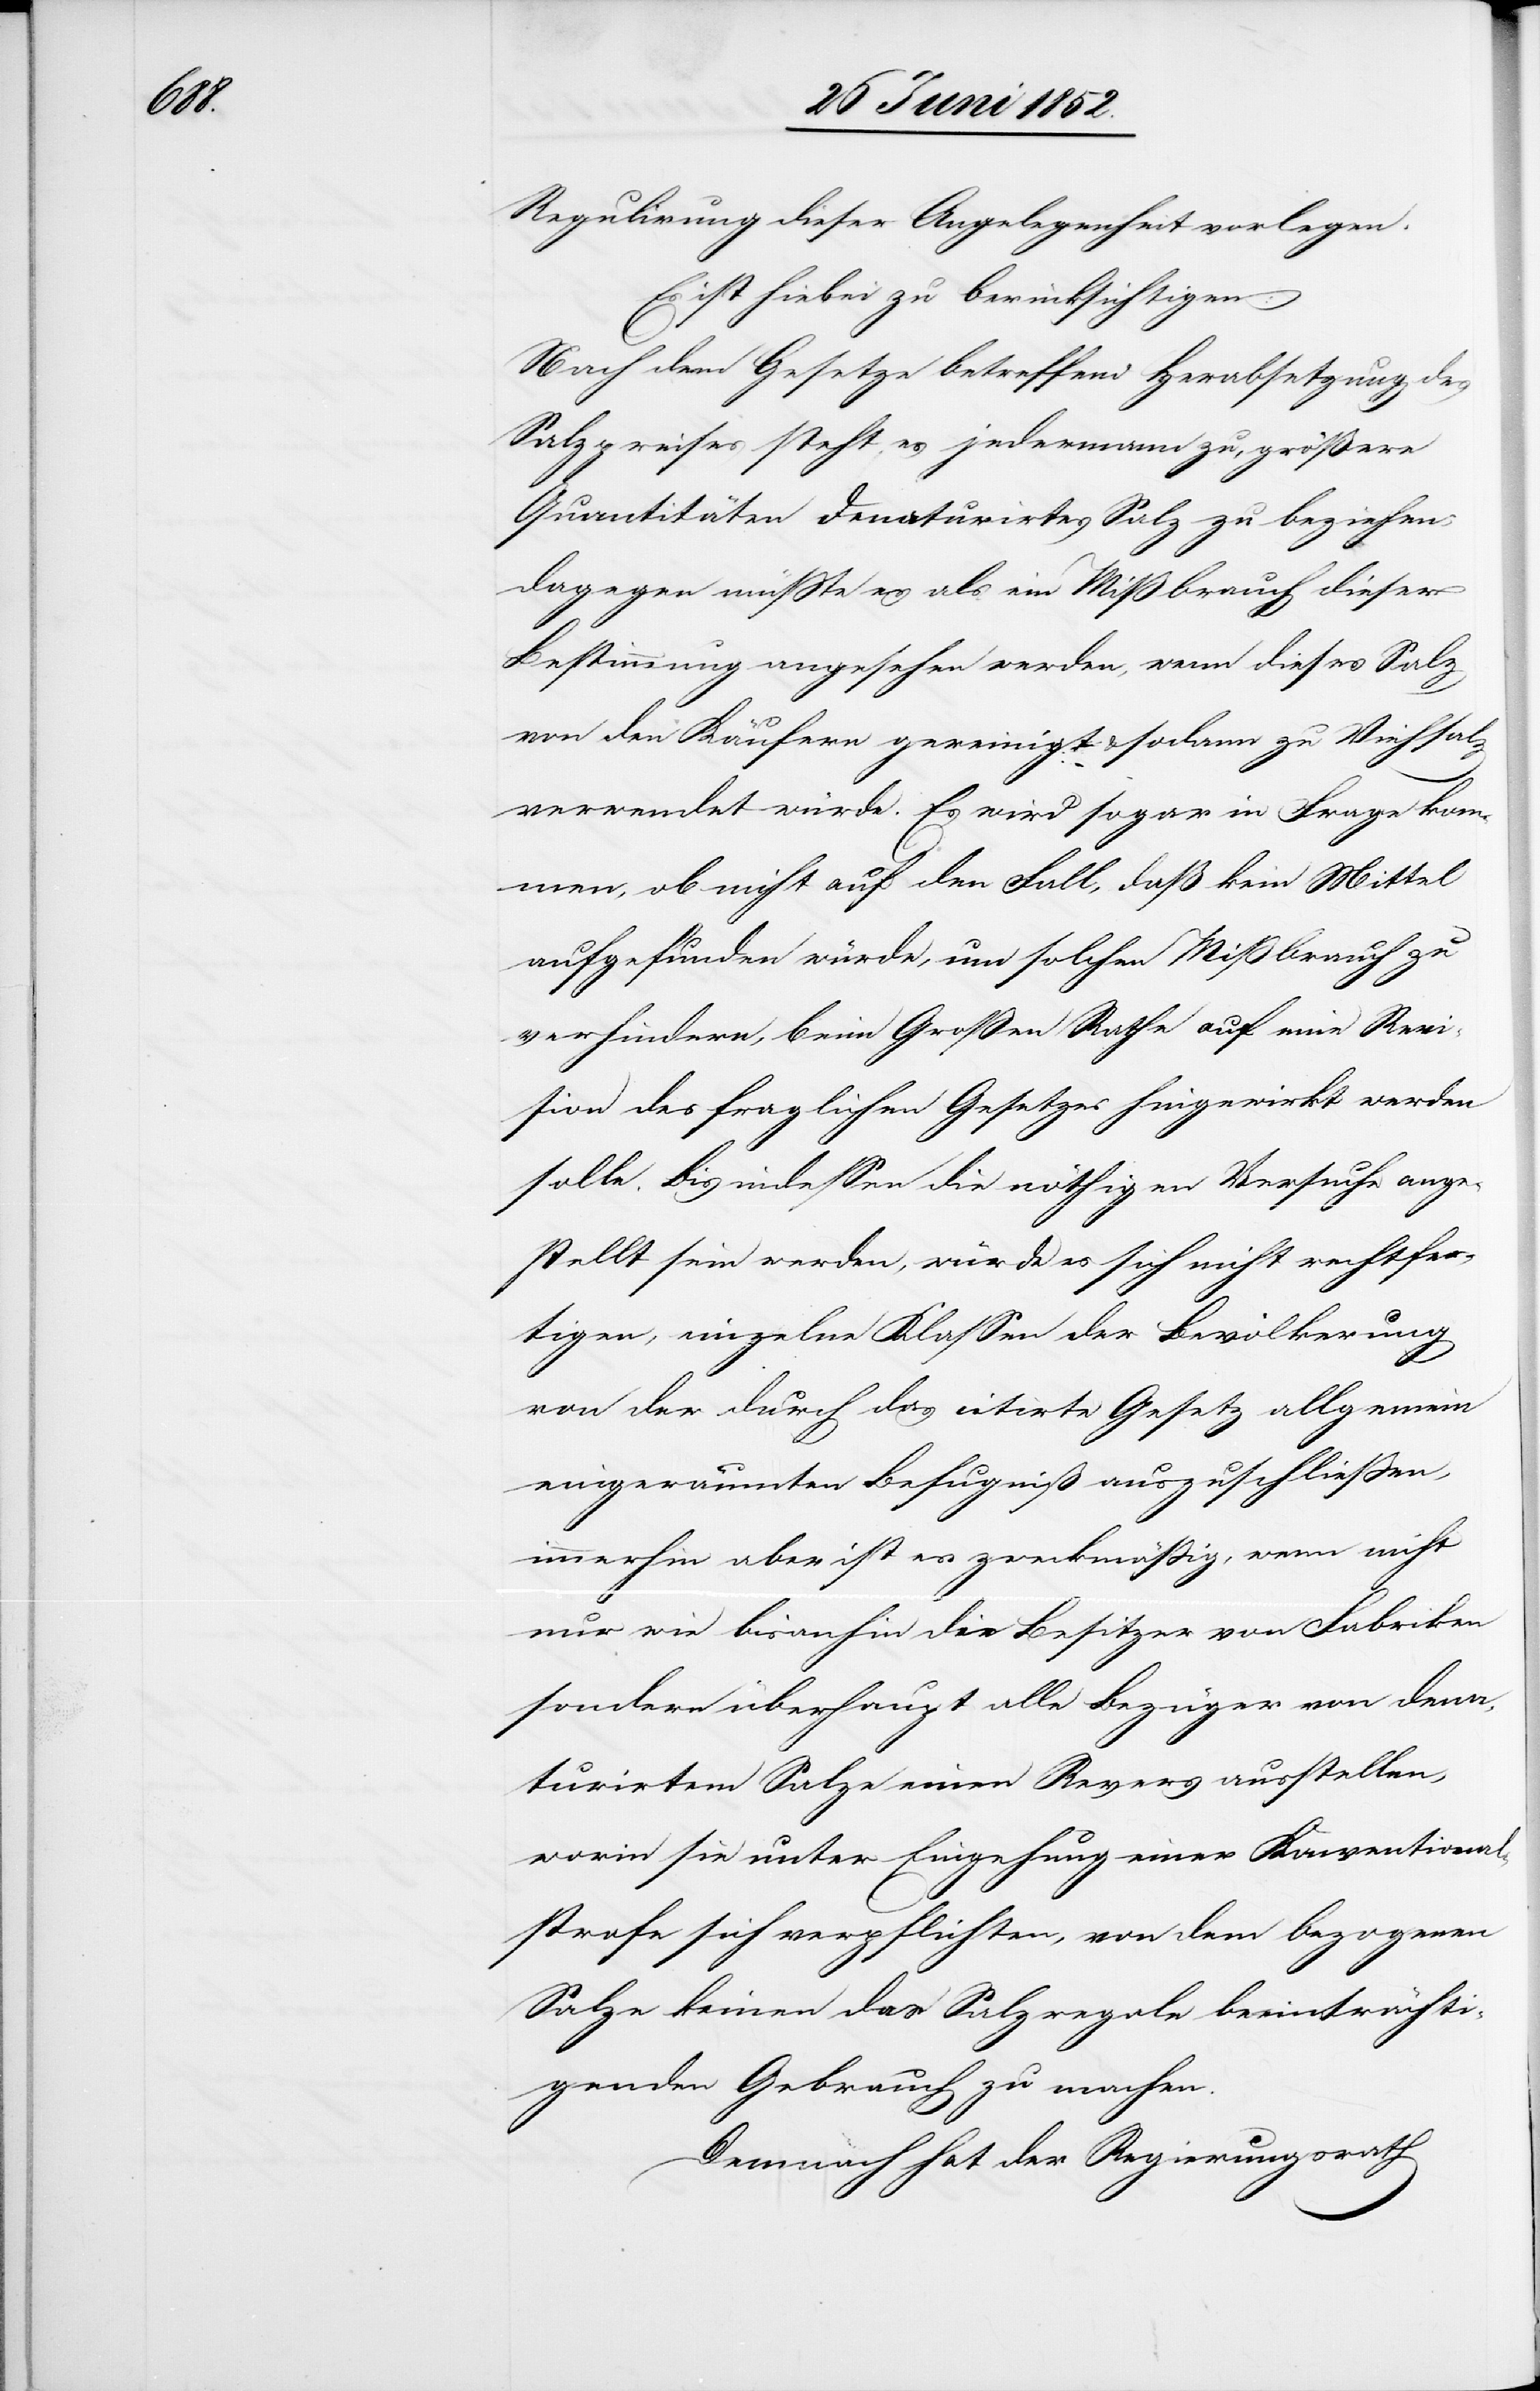
Regulirung dieser Angelegenheit vorlegen.
Es ist hiebei zu berücksichtigen:
Nach dem Gesetze betreffend Herabsetzung des
Salzpreises steht es jedermann zu, größere
Quantitäten denaturirtes Salz zu beziehen;
dagegen müsste es als ein Mißbrauch dieser
Bestimmung angesehen werden, wenn dieses Salz
von den Käufern gereinigt & sodann zu Viehsal¬
z
verwendet würde. Es wird sogar in Frage kom¬
men, ob nicht auf den Fall, daß kein Mittel
aufgefunden würde, um solchen Mißbrauch zu
verhindern, beim Großen Rathe auf eine Revi¬
sion des fraglichen Gesetzes hingewirkt werden
solle. Bis indessen die nöthigen Versuche ange¬
stellt sein werden, würde es sich nicht rechtfer¬
tigen, einzelne Klassen der Bevölkerung
von der durch das citirte Gesetz allgemein
eingeräumten Befugniß auszuschliessen,
immerhin aber ist es zweckmässig, wenn nicht
nur wie bisanhin die Besitzer von Fabriken
sondern überhaupt alle Bezüger von dena¬
turirtem Salze einen Revers ausstellen,
worin sie unter Eingehung einer Konventional¬
strafe sich verpflichten, von dem bezogenen
Salze keinen das Salzregale beeinträchti¬
genden Gebrauch zu machen.
Demnach hat der Regierungsrath